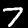
Digit: 7